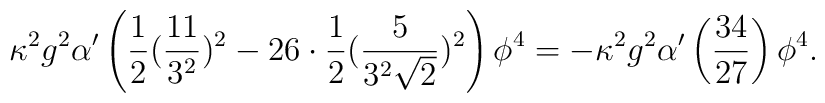
\kappa^2 g^2 \alpha' \left(\frac{1}{2} (\frac{11}{3^2})^2-26 \cdot \frac{1}{2}  (\frac{5}{3^2 \sqrt{2}})^2 \right) \phi^4=-\kappa^2 g^2 \alpha' \left(\frac{34}{27}  \right) \phi^4.